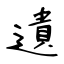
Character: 遺